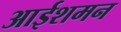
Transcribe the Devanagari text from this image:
आईशमन